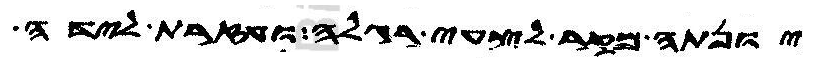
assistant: יונתה מקר לצעי רגלה ועזרת לידה